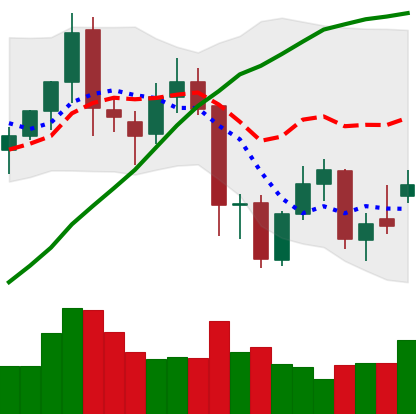
Ticker: XMR-USD
Chart end date: 2021-11-25
Forward return: -3.541%
Label: down_3_5